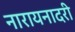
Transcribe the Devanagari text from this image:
नारायनादरी